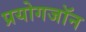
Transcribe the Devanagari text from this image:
प्रयोगजॉन